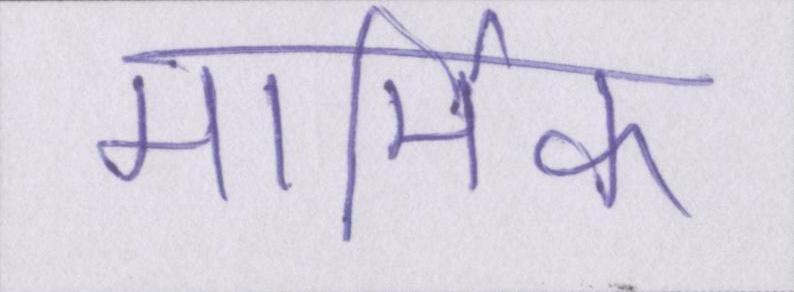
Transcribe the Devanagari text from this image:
मार्मिक